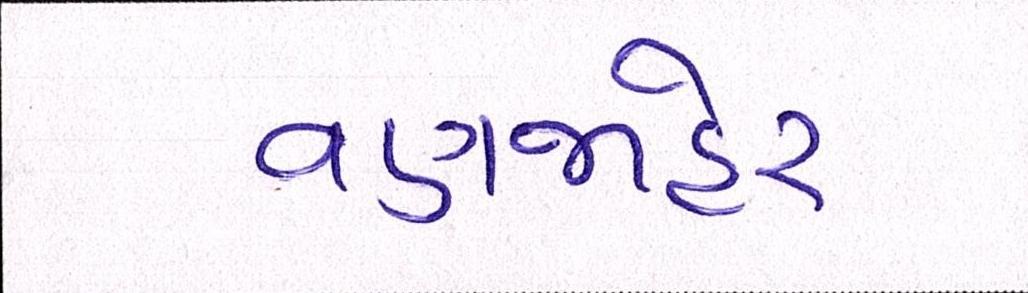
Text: વણજાહેર